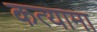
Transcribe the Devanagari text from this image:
कत्यामा